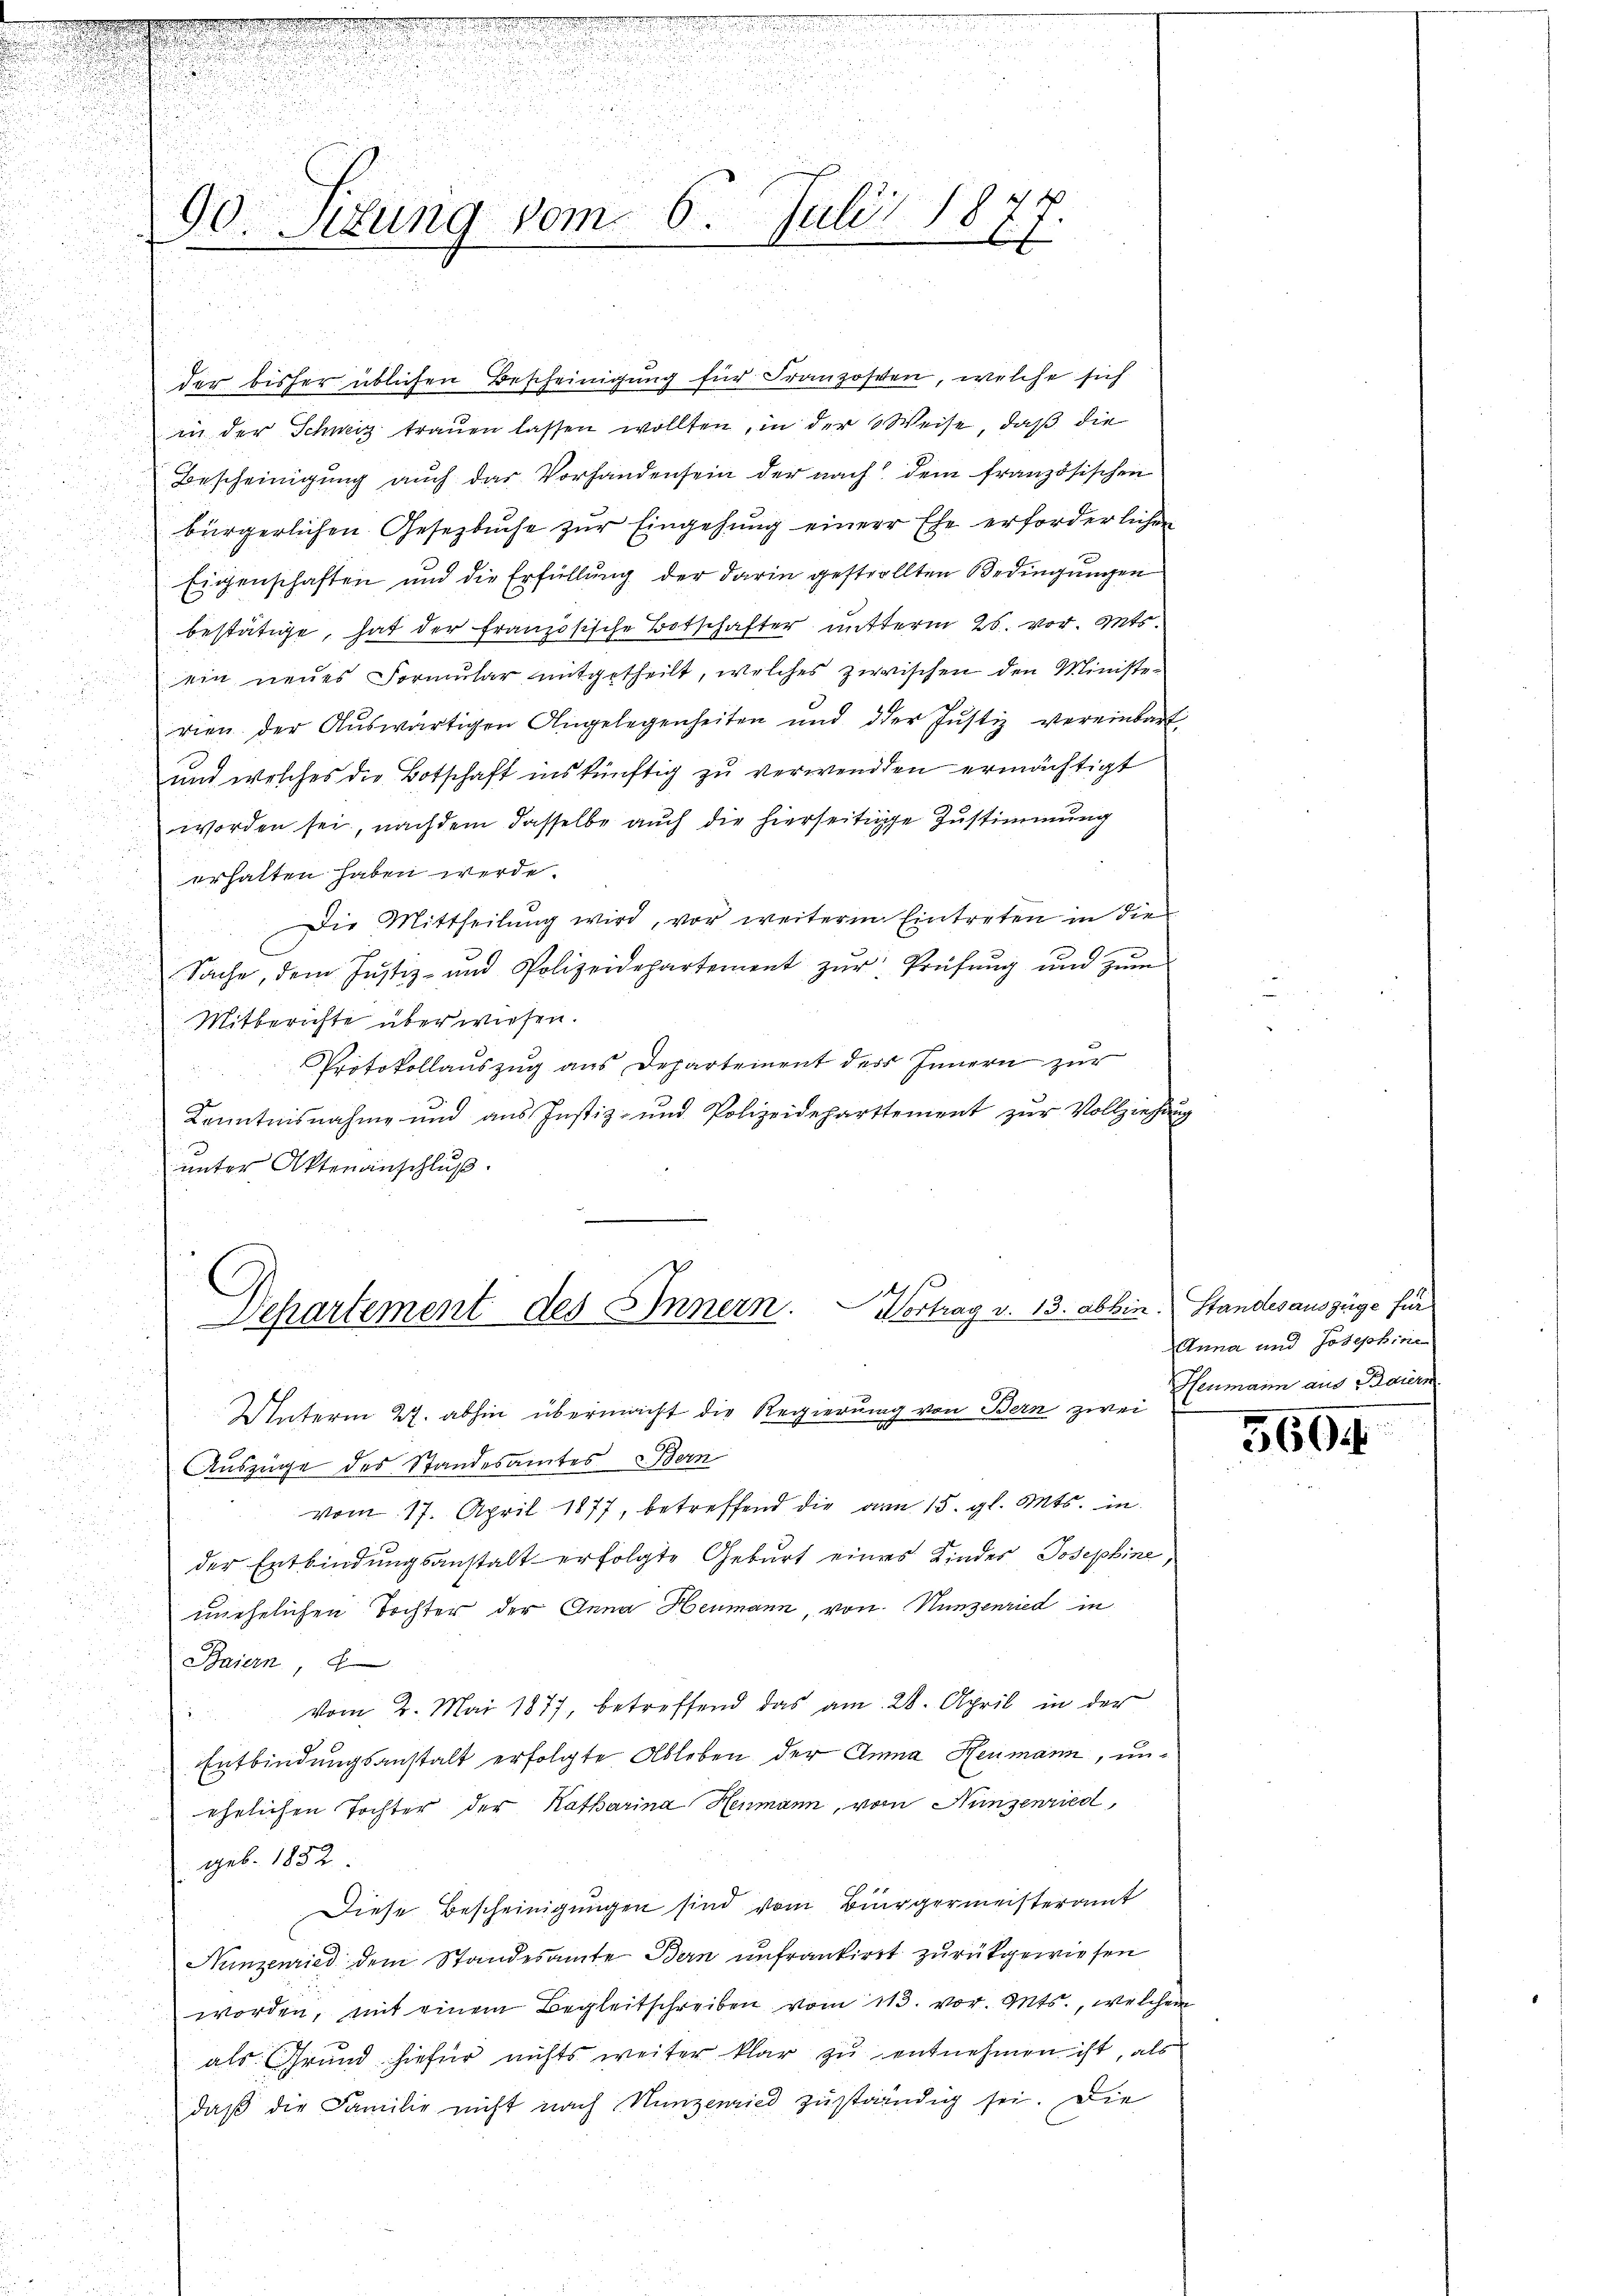
2

u
90. Sizung vom 6. Juli 1877.

der bisher üblichen Bescheinigung für Franzoseten, welche sich
in der Schweiz trauen lassen wollten, in der Weise, daß die
Bescheinigung auch das Vorhandensein der nach dem französischen
bürgerlichen Gesetzbuche zur Eingehung einer Ehe erforderlichen
Eigenschaften und die Erfüllung der darin gestrollten Bedingungen
bestätige, hat der französische Botschafter mitterm 26. vor. Mts.
ein neues Formular mitgetheilt, welches zwischen den Ministerien der Auswärtigen Angelegenheiten und der Justiz vereinbart
und welches die Botschaft inskünftig zu verwenden ermächtigt
worden sei, nachdem dasselbe auch die hierseitige Zustimmung
5
erhalten haben werde.
Die Mittheilŭng wird, vor weiterm Eintreten in die
n
Sache, dem Justiz- und Polizeidepartement zŭr Prüfŭng und zŭm
u
Mitberichte überwiesen.
Protokollauszug aus Departement des Innern zur
d
Kenntnisnahme und aus Justiz- und Polizeideparttement zŭr Vollziehun
unter Aktenanschluß.
u

Departement des Innern. Vortrag v. 13. abbin. Standesauszüge für

Unterm 27. abhin übermacht die Regierung von Bern zwei
Auszüge des Standesamtes Bern
vom 17. April 1877, betreffend die am 15. gl. Mts. in
der Entbindungsanstalt erfolgte Geburt eines Kindes Josephine,
unehelichen Tochter der Anna Heumann, von Hunzenried in
Baiern,
vom 2. Mai 1877, betreffend das am 28. April in der
Entbindungsanstalt erfolgte Ableben der Anna Heumann, unehrlichen Tochter der Katharina Henmann, vom Nunzenried,
geb. 1852.
Diese Bescheinigungen sind vom Bürgermeisteramt
Nunzenried dem Standesamte Bern unfrankirt zurückgewiesen
worden, mit einem Begleitschreiben vom 113. vor. Mts., welchem
als Grund hiefür nichts weiter klar zu entnehmen ist, als
daß die Familie nicht nach Hunzenried zuständig sei. Die

Anna und Josephinen
Neumann aus Baiern

560f